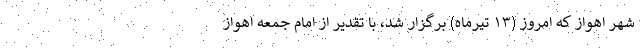
شهر اهواز که امروز (۱۳ تیرماه) برگزار شد، با تقدیر از امام جمعه اهواز